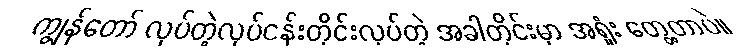
ကျွန်တော် လုပ်တဲ့လုပ်ငန်းတိုင်းလုပ်တဲ့ အခါတိုင်းမှာ အရှုံး တွေ့တာပဲ။